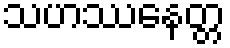
သဟဿနေတ္တ